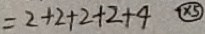
= 2 + 2 + 2 + 2 + 4 \textcircled { \times 5 }